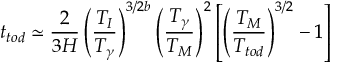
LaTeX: t _ { t o d } \simeq \frac 2 { 3 H } \left( \frac { T _ { I } } { T _ { \gamma } } \right) ^ { 3 / 2 b } \left( \frac { T _ { \gamma } } { T _ { M } } \right) ^ { 2 } \left[ \left( \frac { T _ { M } } { T _ { t o d } } \right) ^ { 3 / 2 } - 1 \right]